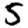
Digit: 5